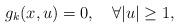
LaTeX: \begin{align*}g_k(x,u)=0,\quad\forall |u|\geq 1,\end{align*}